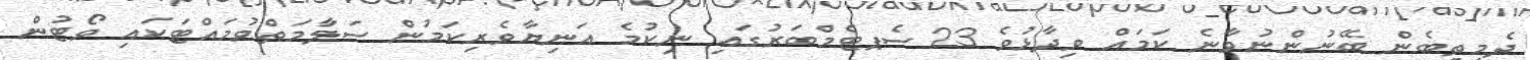
ދެމިތިބެން ބޭނުންނުވާނެ ކަމައް ވިދާޅުވެ 23 ސެޕޓެމްބަރުގައި ނިކުމެ އަނިޔާވެރިކަމުން ސަލާމަތްވުމައްޓަކައި ވޯޓުން